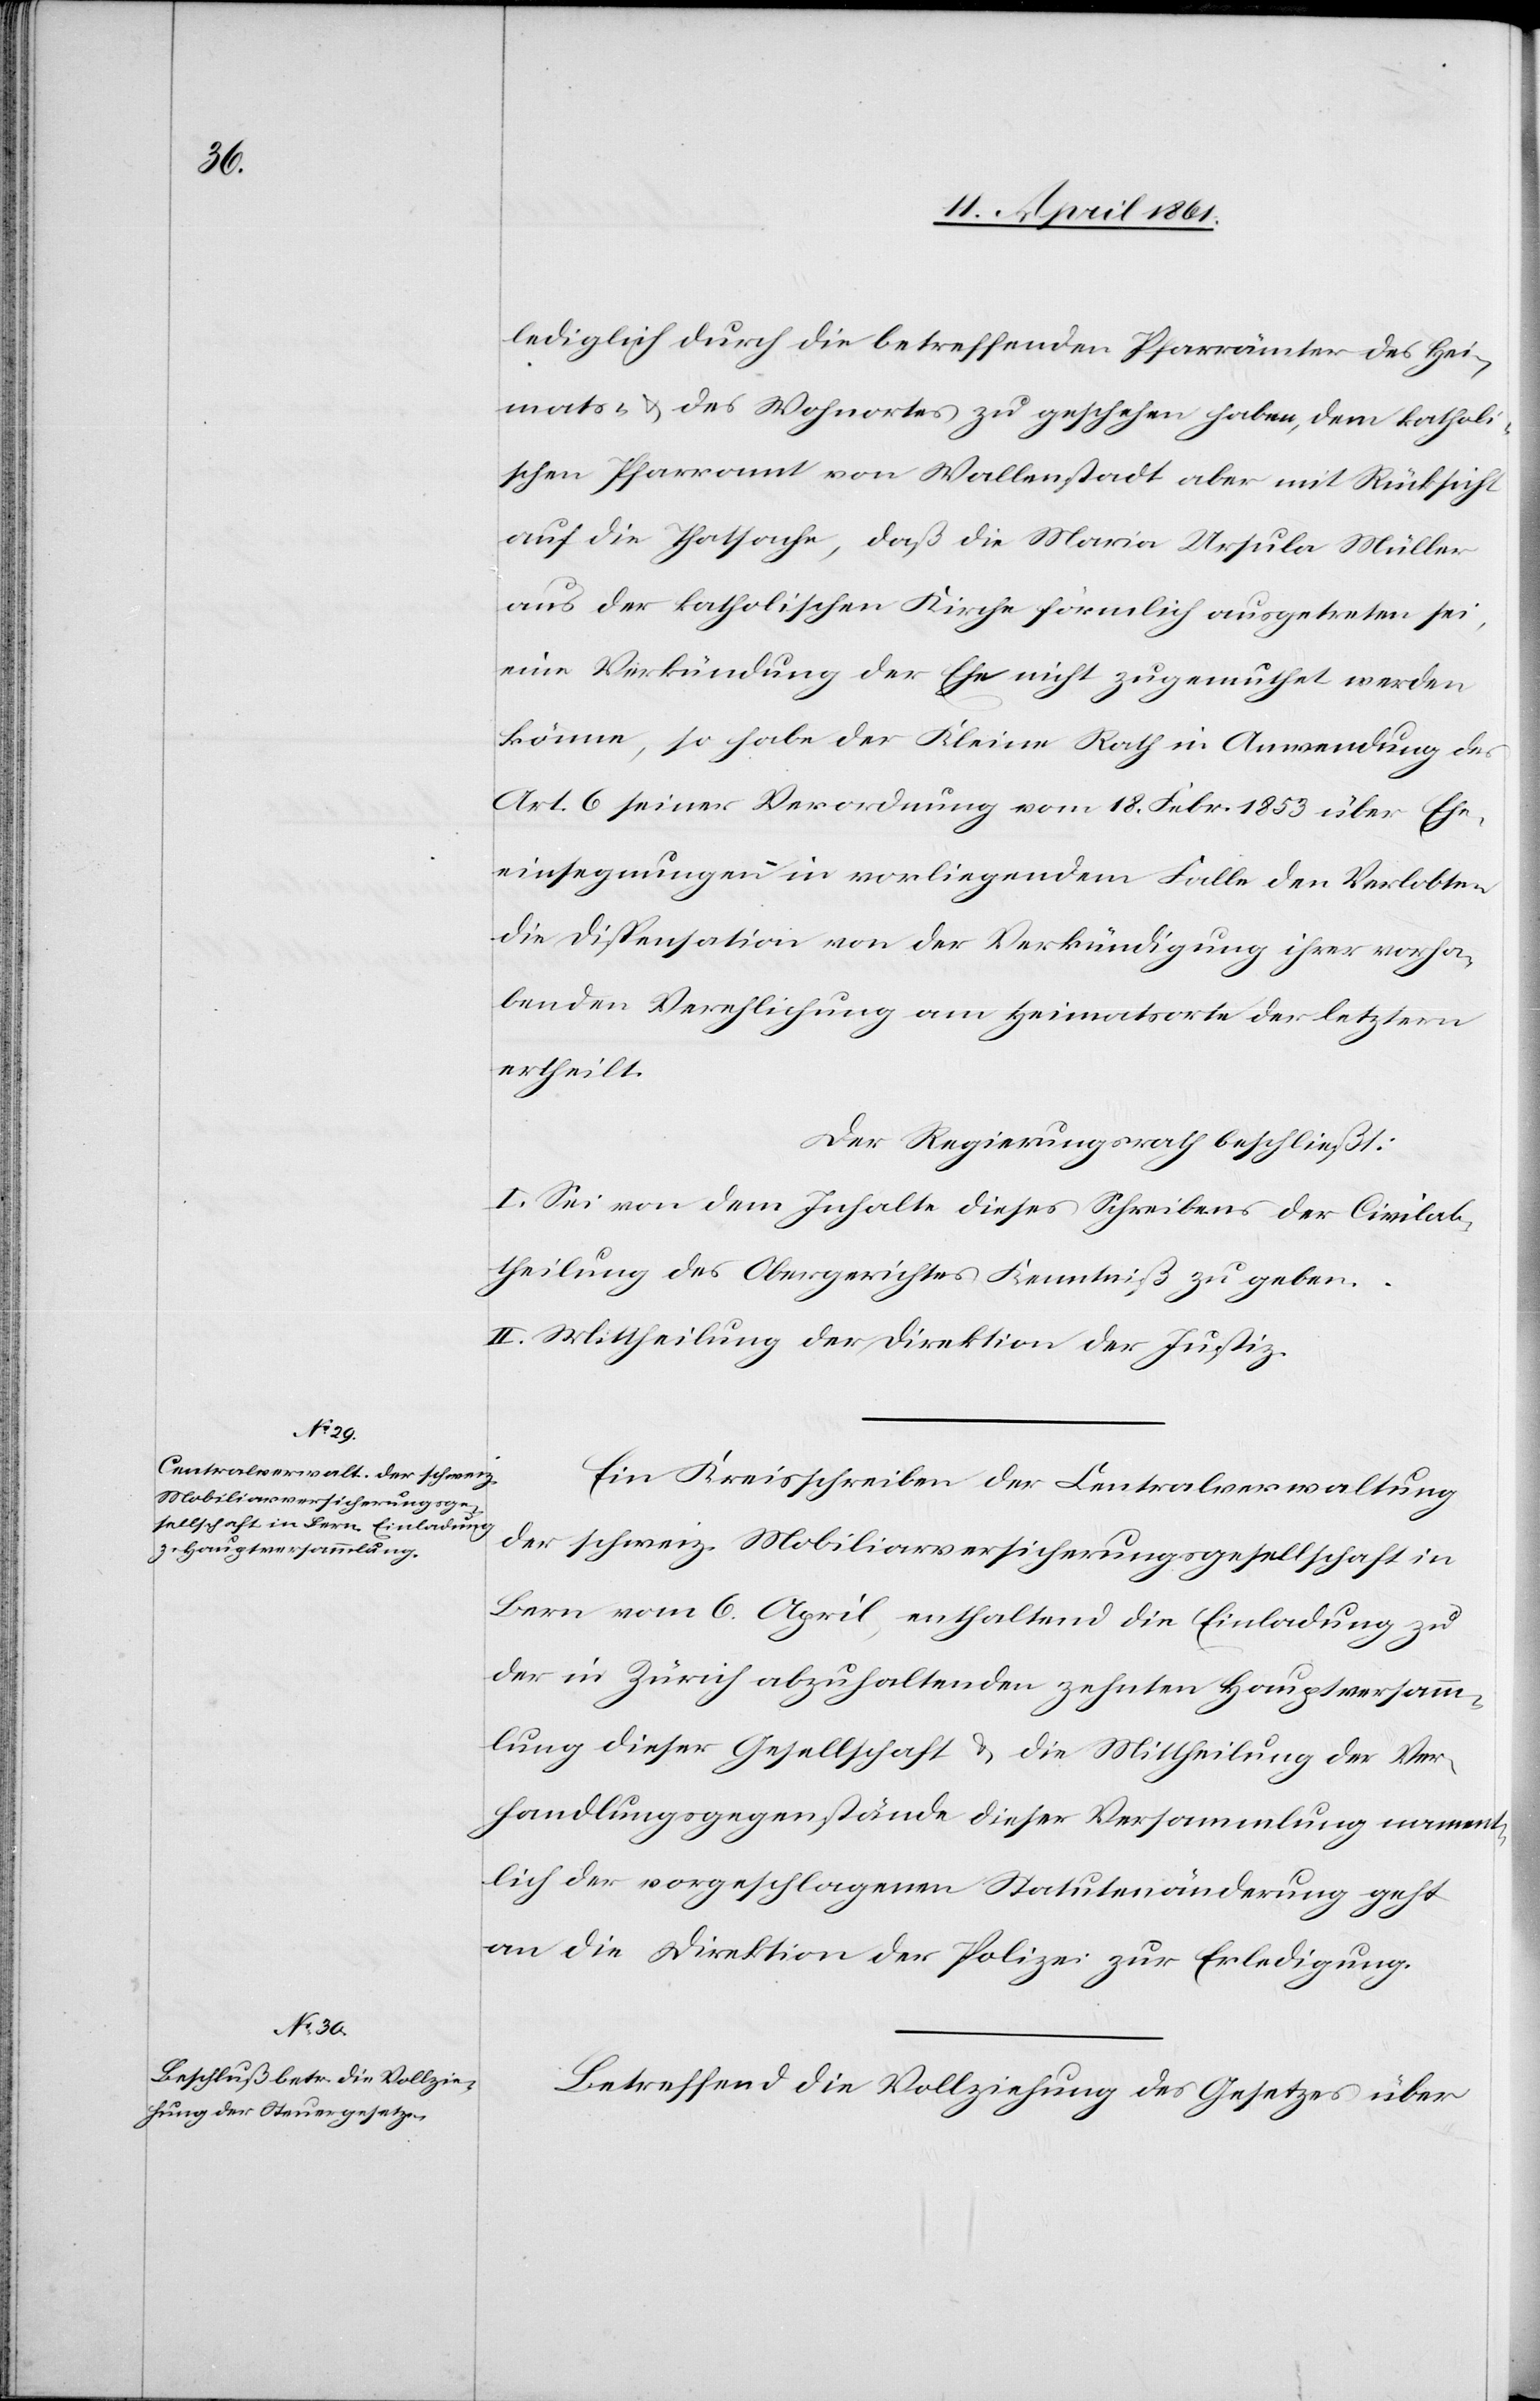
lediglich durch die betreffenden Pfarrämter des Hei¬
mats- u. des Wohnortes zu geschehen haben, dem katholi¬
schen Pfarramt von Wallenstadt aber mit Rücksicht
auf die Thatsache, daß die Maria Ursula Müller
aus der katholischen Kirche förmlich ausgetreten sei,
eine Verkündung der Ehe nicht zugemuthet werden
könne, so habe der Kleine Rath in Anwendung des
Art. 6 seiner Verordnung vom 18. Febr. 1853 über Ehe¬
einsegnungen in vorliegendem Falle den Verlobten
die Dispensation von der Verkündung ihrer vorhan¬
denen Verehlichung am Heimatsorte der letztern
ertheilt.
Der Regierungsrath beschließt:
I. Sei von dem Inhalte dieses Schreibens der Civilab¬
theilung des Obergerichtes Kenntniß zu geben.
II. Mittheilung der Direktion der Justiz.
Ein Kreisschreiben der Centralverwaltung
der schweiz. Mobiliarversicherungsgesellschaft in
Bern vom 6. April, enthaltend die Einladung zu
der in Zürich abzuhaltenden zehnten Hauptversamm¬
lung dieser Gesellschaft u. die Mittheilung der Ver¬
handlungsgegenstände dieser Versammlung nament¬
lich der vorgeschlagenen Statutenänderung geht
an die Direktion der Polizei zur Erledigung.
Betreffend die Vollziehung des Gesetzes über